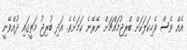
އެއް ވެސް ވެހިކަލަކަށް ބްރިޖުމައްޗަށް ނޭރޭނެ ކަމަށެވެ. އަދި ބުރިޖު މަތީގައި ދުއްވޭނީ